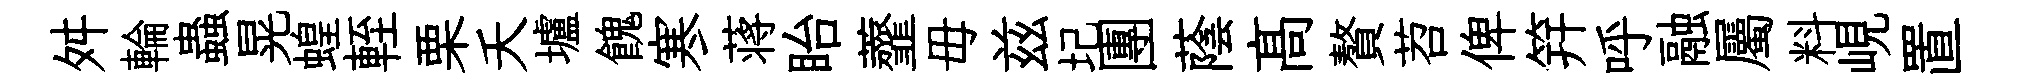
舛輪蟲晃蝗輊栗夭壚餽寒蒋眙虀毋兹圮團蔭髙贅苕俾笄呼融屬料峴置